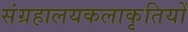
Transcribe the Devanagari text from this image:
संग्रहालयकलाकृतियों